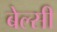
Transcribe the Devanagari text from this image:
बेल्सी